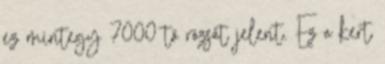
ez mintegy 7000 tő rózsát jelent. Ez a kert